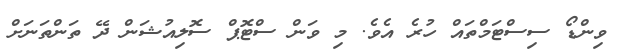
ވިންޑޯ ސިސްޓަމްތައް ހުރެ އެވެ. މި ވަން ސްޓޮޕް ސޮލިއުޝަން ދޭ ތަންތަނަށް